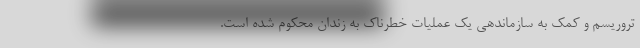
تروریسم و کمک به سازماندهی یک عملیات خطرناک به زندان محکوم شده است.